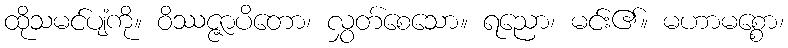
ထိုသမင်ပျံကို။ ဝိဿဇ္ဇာပိတော၊ လွှတ်စေသော။ ရညော၊ မင်း၏။ မဟာမစ္စော၊